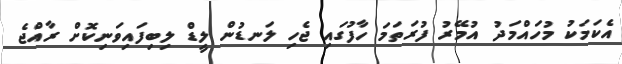
އެކަމަކު މުހައްމަދު އުމޭރު ފުރަތަމަ ހާފުގައި ޖެހި ލަނޑުން ލީޑް ލިބިފައިވަނިކޮށް ރާއްޖެ